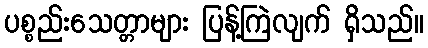
ပစ္စည်းသေတ္တာများ ပြန့်ကြဲလျက် ရှိသည်။